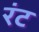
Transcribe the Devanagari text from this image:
रंट